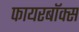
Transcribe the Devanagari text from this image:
फायरबॉक्स